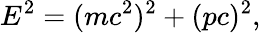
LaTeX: E^{2}=(mc^{2})^{2}+(pc)^{2},